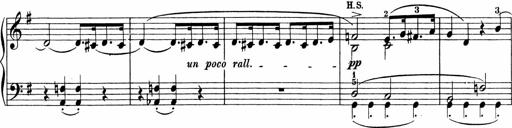
Title: 3 Sonatinas
Composer: Carl Reinecke